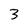
Character: 3